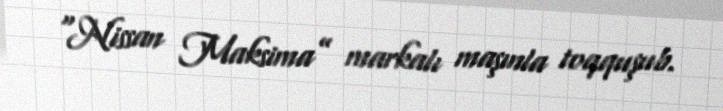
“Nissan Maksima” markalı maşınla toqquşub.